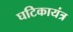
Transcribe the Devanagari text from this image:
घटिकायंत्र